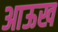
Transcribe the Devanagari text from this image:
आऊख